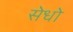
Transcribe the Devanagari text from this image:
सेधो